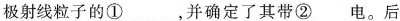
极射线粒子的① 并确定了其带② 电。后